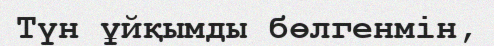
Түн ұйқымды бөлгенмін,